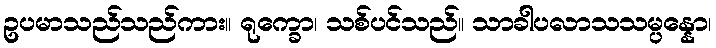
ဥပမာသည်သည်ကား။ ရုက္ခော၊ သစ်ပင်သည်။ သာခါပလာသသမ္ပန္နော၊